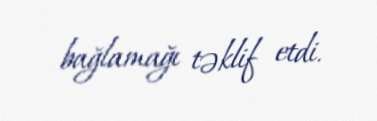
bağlamağı təklif etdi.